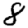
Digit: 8